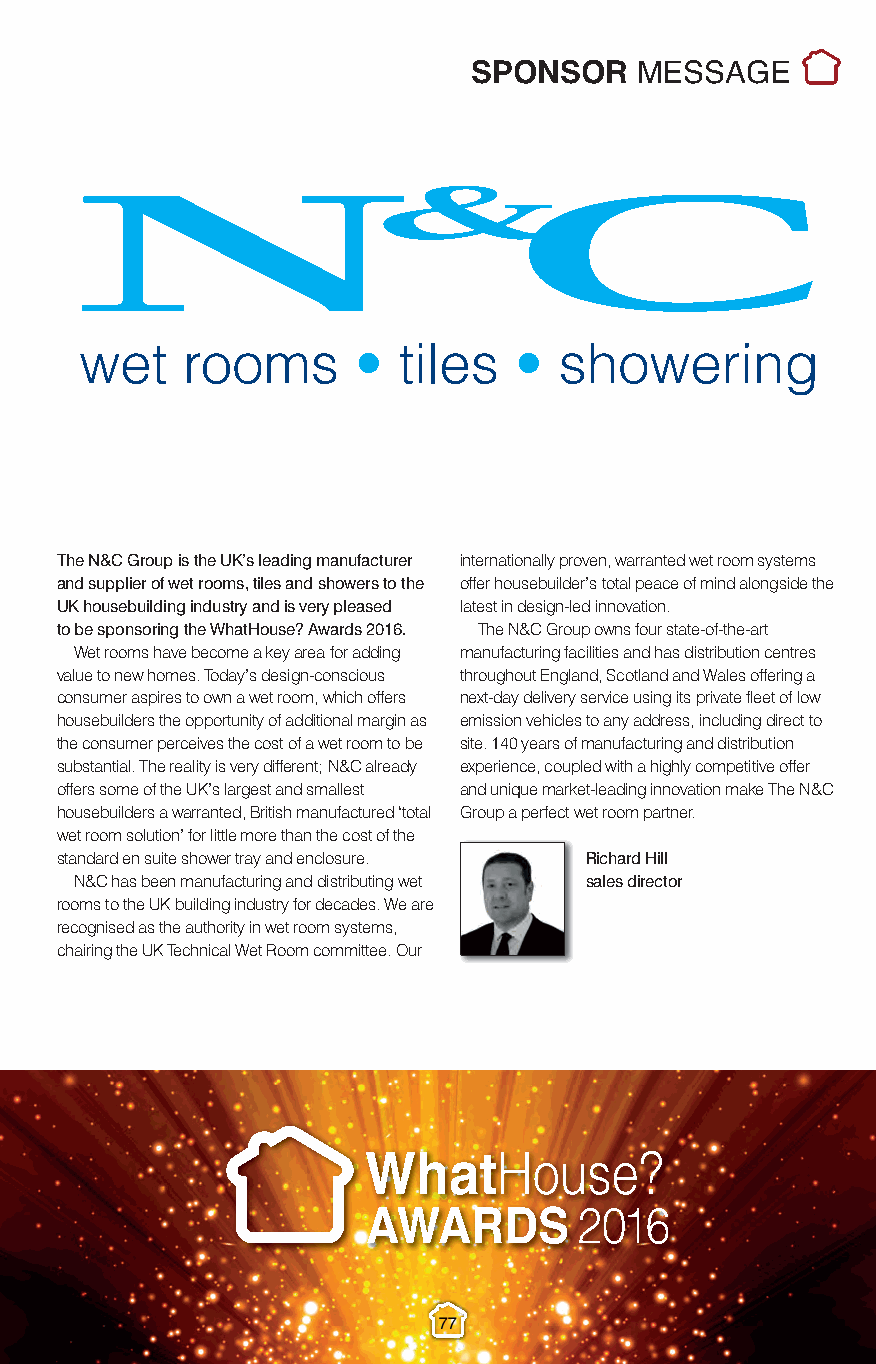
Sponsor Messages_2.qxp_Layout 1 10/11/2016 22:09 Page 10
 SPONSOR    MESSAGE
 The N&C Group is the UK’s leading manufacturer internationally proven, warranted wet room systems
 and supplier of wet rooms, tiles and showers to the offer housebuilder’s total peace of mind alongside the
 UK housebuilding industry and is very pleased latest in design-led innovation.
 to be sponsoring the WhatHouse? Awards 2016. The N&C Group owns four state-of-the-art
 Wet rooms have become a key area for adding manufacturing facilities and has distribution centres
 value to new homes. Today’s design-conscious throughout England, Scotland and Wales offering a
 consumer aspires to own a wet room, which offers next-day delivery service using its private fleet of low
 housebuilders the opportunity of additional margin as emission vehicles to any address, including direct to
 the consumer perceives the cost of a wet room to be site. 140 years of manufacturing and distribution
 substantial. The reality is very different; N&C already experience, coupled with a highly competitive offer
 offers some of the UK’s largest and smallest and unique market-leading innovation make The N&C
 housebuilders a warranted, British manufactured ‘total Group a perfect wet room partner.
 wet room solution’ for little more than the cost of the
 standard en suite shower tray and enclosure. Richard Hill
 N&C has been manufacturing and distributing wet sales director
 rooms to the UK building industry for decades. We are
 recognised as the authority in wet room systems,
 chairing the UK Technical Wet Room committee. Our
 77